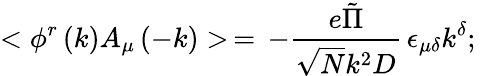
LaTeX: <\phi^{r}\left(k\right)A_{\mu}\left(-k\right)>\, =\, -\frac{e\tilde{\Pi}}{\sqrt{N}k^{2}D}\, \epsilon_{\mu\delta}k^{\delta};\,